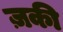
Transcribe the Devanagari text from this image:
ज़की